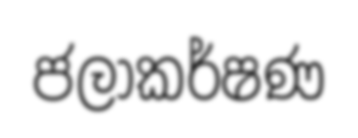
ජලාකර්ෂණ